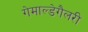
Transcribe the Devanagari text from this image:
गेमाल्डेगैलरी